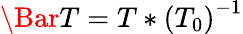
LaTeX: \Bar{T}=T*\left(T_{0}\right)^{-1}